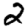
Digit: 2